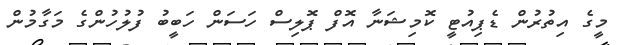
މީގެ އިތުރުން ޑެޕިއުޓީ ކޮމިޝަނާ އޮފް ޕޮލިސް ހަސަން ހަބީބު ފުލުހުންގެ މަގާމުން